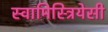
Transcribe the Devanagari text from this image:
स्वामिस्त्रियेसी